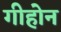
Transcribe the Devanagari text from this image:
गीहोन